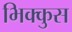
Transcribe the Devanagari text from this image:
भिक्कुस